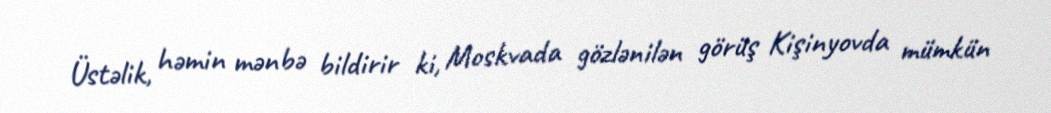
Üstəlik, həmin mənbə bildirir ki, Moskvada gözlənilən görüş Kişinyovda mümkün